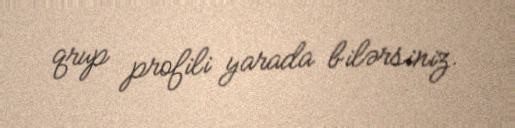
qrup profili yarada bilərsiniz.